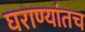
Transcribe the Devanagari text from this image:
घराण्यांतच